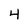
Character: 4